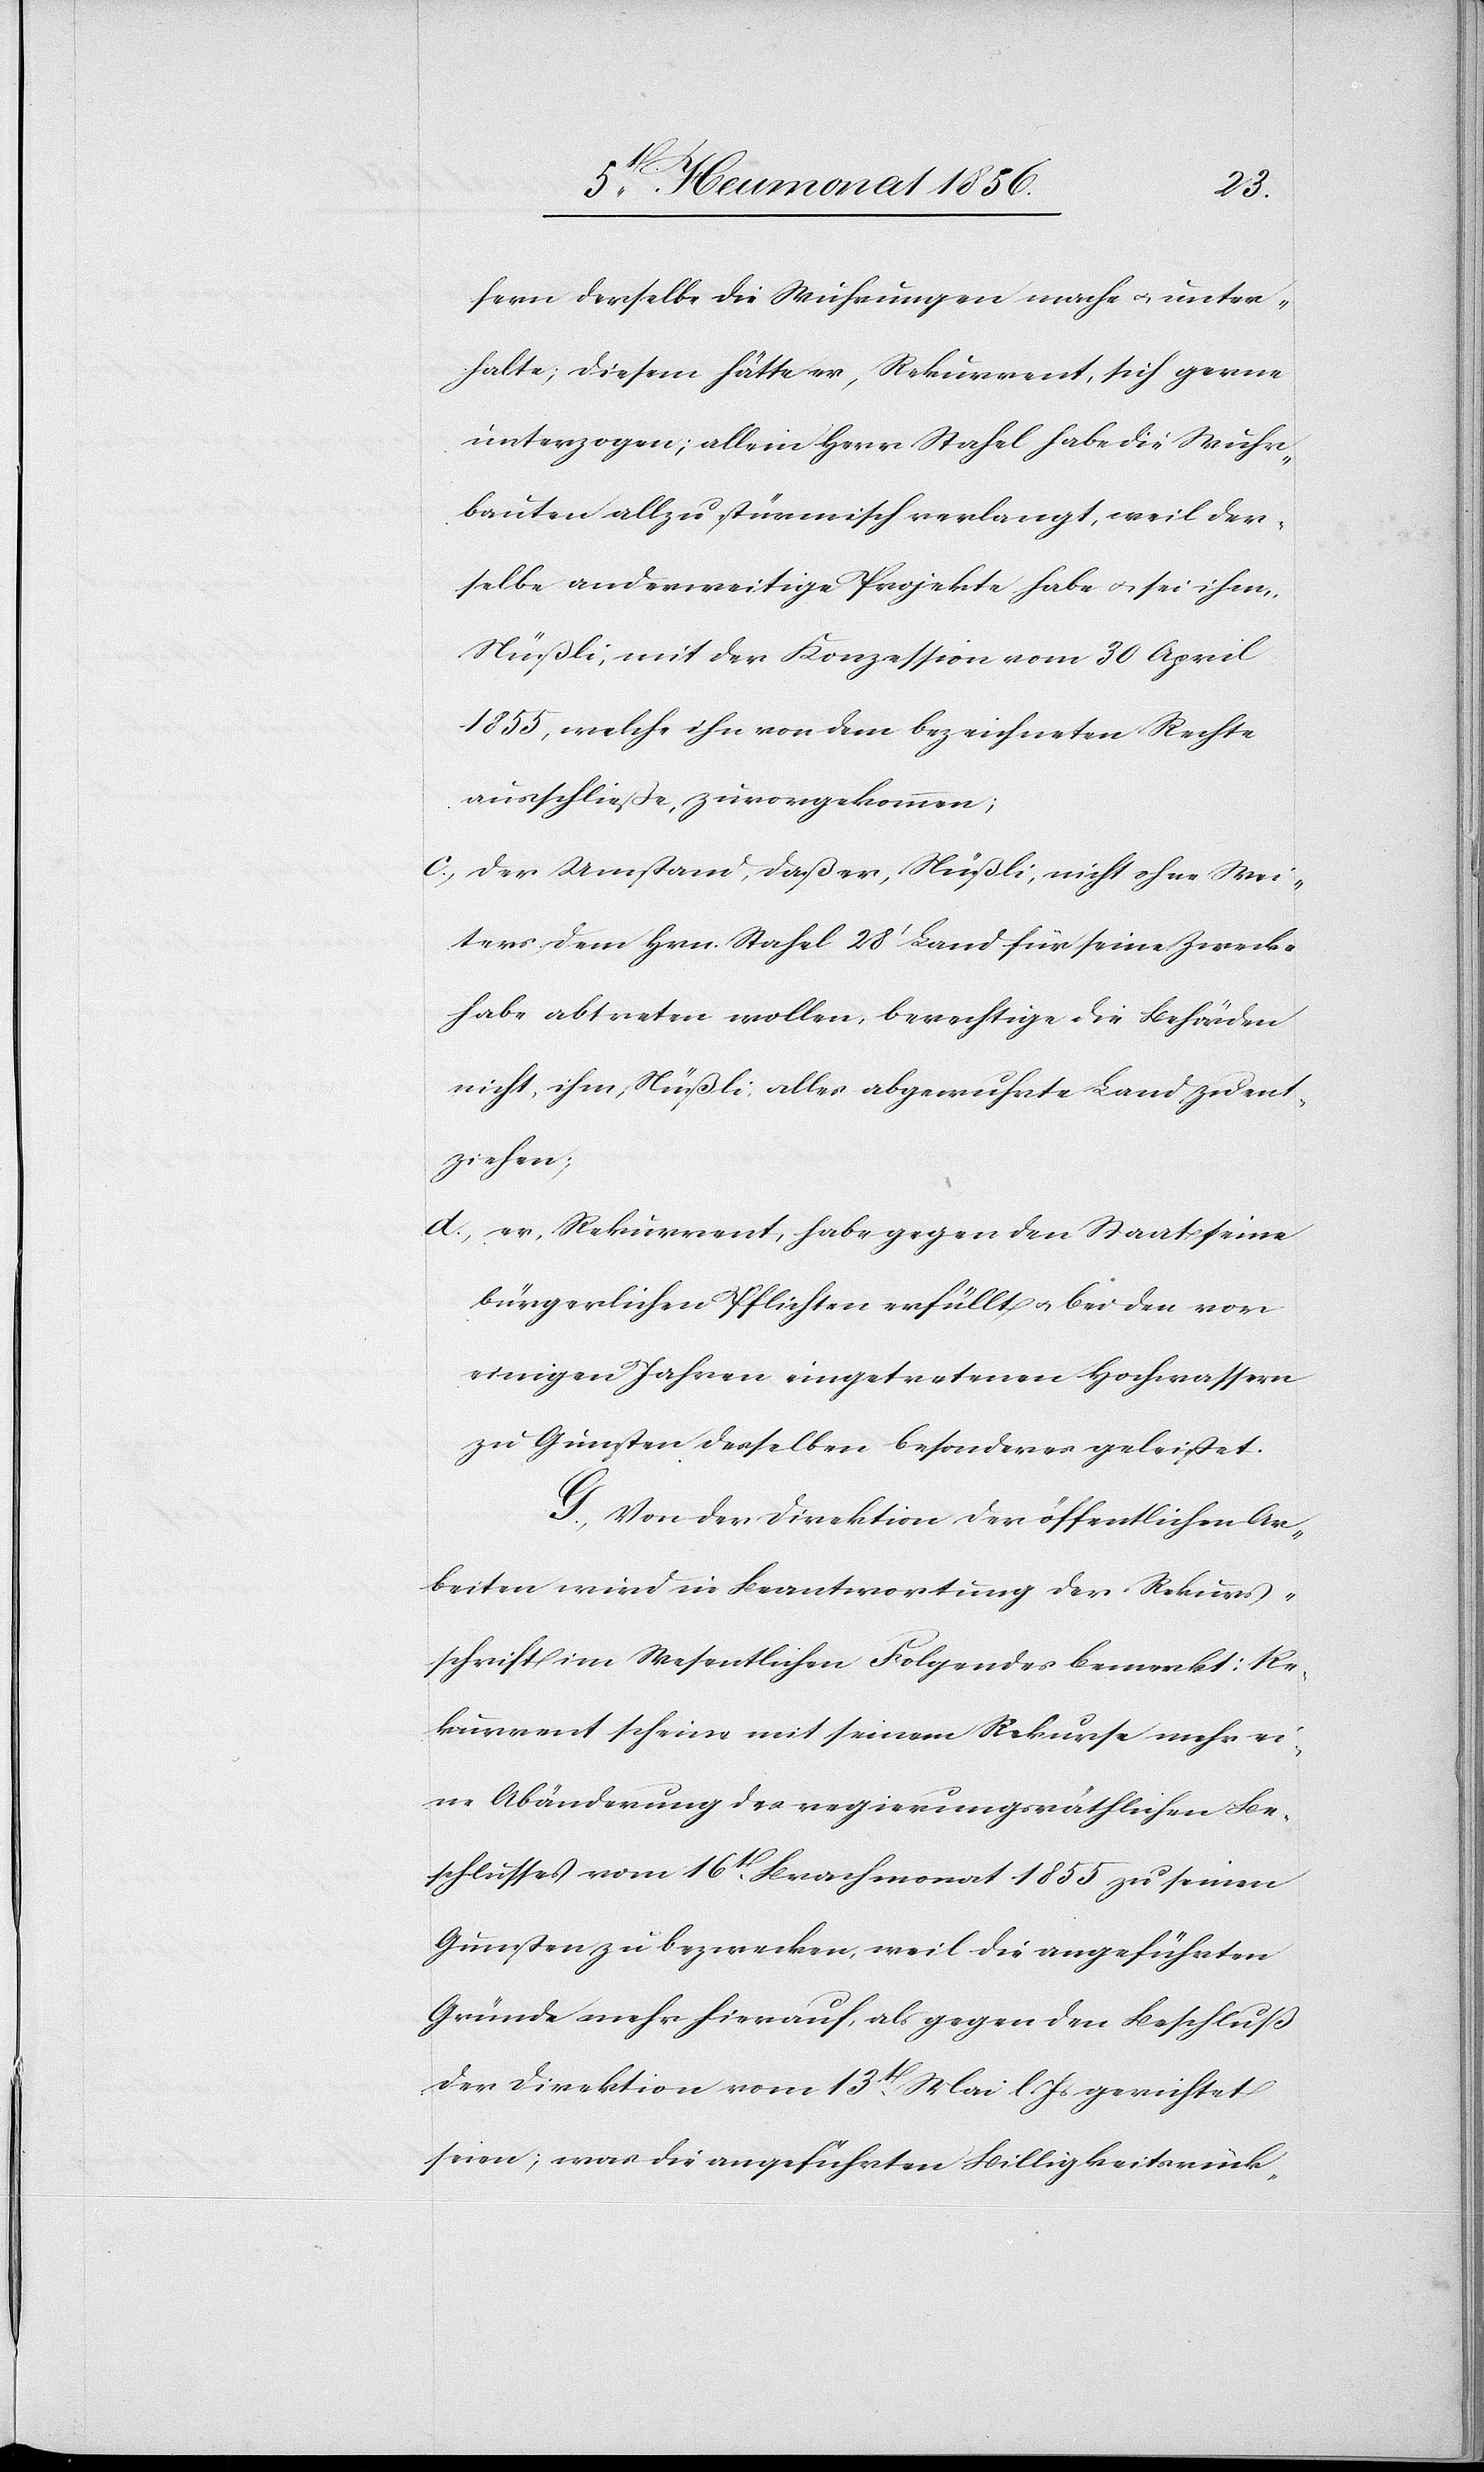
fern derselbe die Wuhrungen mache u. unter¬
halte; diesem hätte er, Rekurrent, sich gerne
unterzogen; allein Herr Stahel habe die Wuhr¬
bauten allzu stürmisch verlangt, weil der¬
selbe anderweitige Projekte habe u. sei ihm,
Nüßli, mit der Konzession vom 30 April
1855, welche ihn von dem bezeichneten Rechte
ausschließe, zuvorgekommen;
c.) der Umstand, daß er, Nüßli, nicht ohne Wei¬
ters dem Hrn. Stahel 28' Land für seine Zwecke
habe abtreten wollen, berechtige die Behörden
nicht, ihm, Nüßli, alles abgewuhrte Land zu ent¬
ziehen;
d.)er, Rekurrent, habe gegen den Staat seine
bürgerlichen Pflichten erfüllt u. bei den vor
einigen Jahren eingetretenen Hochwassern
zu Gunsten desselben besonderes geleistet.
G. Von der Direktion der öffentlichen Ar¬
beiten wird in Beantwortung der Rekurs¬
schrift im Wesentlichen Folgendes bemerkt: Re¬
kurrent scheine mit seinem Rekurse mehr ei¬
ne Abänderung des regierungsräthlichen Be¬
schlusses vom 16t Brachmonat 1855 zu seinen
Gunsten zu bezwecken, weil die angeführten
Gründe mehr hierauf, als gegen den Beschluß
der Direktion vom 13t Mai l. Js gerichtet
seien; was die angeführten Billigkeitsrück-